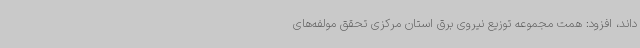
‌داند، افزود: همت مجموعه توزیع نیروی برق استان مرکزی تحقق مولفه‌های